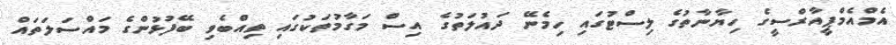
އެމްއެމްޕީއާރްސީގެ ހިޔާނާތުގެ ލިސްޓުގައި ހިމެނޭ ދައުލަތުގެ އިސް މަގާމުތަކުގައި ތިއްބެވި ބޭފުޅުންގެ މައްސަލަތައް